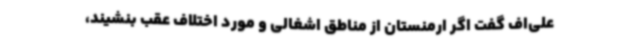
علی‌اف گفت اگر ارمنستان از مناطق اشغالی و مورد اختلاف عقب بنشیند،